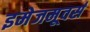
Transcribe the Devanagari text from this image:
इमेजमूवर्स